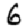
Digit: 6